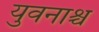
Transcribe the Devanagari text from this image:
युवनाश्च